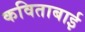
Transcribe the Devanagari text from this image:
कविताबाई